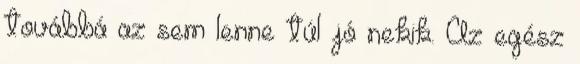
továbbá az sem lenne túl jó nekik. Az egész